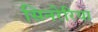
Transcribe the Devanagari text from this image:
सिनरेरिया